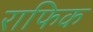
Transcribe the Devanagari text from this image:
राफिक